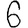
Digit: 6